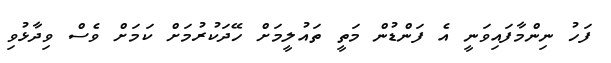
ފަހު ނިންމާފައިވަނީ އެ ފަންޑުން މަތީ ތައުލީމަށް ހޭދަކުރުމަށް ކަމަށް ވެސް ވިދާޅުވި